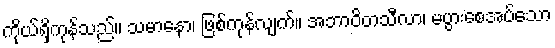
ကိုယ်ရှိကုန်သည်။ သမာနော၊ ဖြစ်ကုန်လျက်။ အဘာဝိတသီလာ၊ မပွားစေအပ်သော